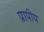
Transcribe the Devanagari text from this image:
प्रापीप